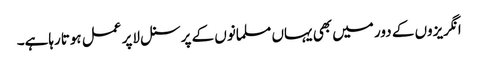
انگریزوں کے دور میں بھی یہاں مسلمانوں کے پرسنل لاپر عمل ہوتارہاہے۔